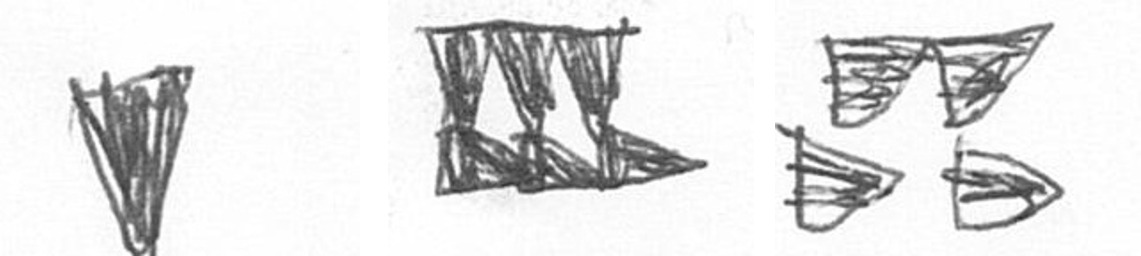
J D B